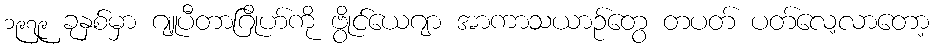
၁၉၇၉ ခုနှစ်မှာ ဂျူပီတာဂြိုဟ်ကို ဗွိုင်ယေဂျာ အာကာသယာဉ်တွေ တပတ် ပတ်လေ့လာတော့